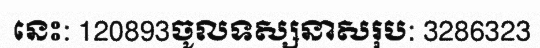
នេះ: 120893ចូលទស្សនាសរុប: 3286323